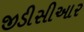
જીડીસીઆર